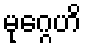
မုဂ္ဂေဟိ